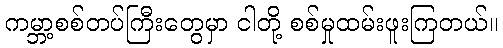
ကမ္ဘာ့စစ်တပ်ကြီးတွေမှာ ငါတို့ စစ်မှုထမ်းဖူးကြတယ်။